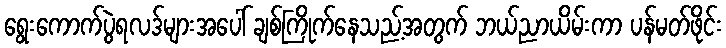
ရွေးကောက်ပွဲရလဒ်များအပေါ် ချစ်ကြိုက်နေသည့်အတွက် ဘယ်ညာယိမ်းကာ ပန်မတ်ဖိုင်း